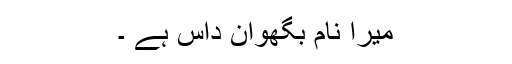
میرا نام بگھوان داس ہے ۔